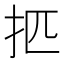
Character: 𰒿